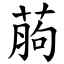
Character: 葋